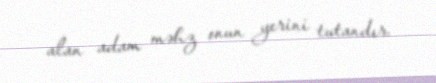
alan adam məhz onun yerini tutandır.